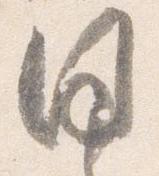
同